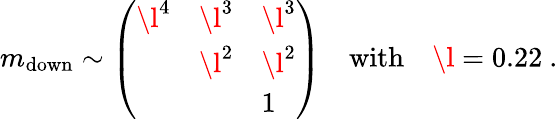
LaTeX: m_{\mathrm{down}}\sim\left(\begin{array}{lll}{{\l^{4}}}&{{\l^{3}}}&{{\l^{3}}}\\ {{}}&{{\l^{2}}}&{{\l^{2}}}\\ {{}}&{{}}&{{1}}\end{array}\right)\quad\mathrm{with}\quad\l=0.22\ .